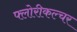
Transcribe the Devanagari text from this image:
फ्लोरीकल्चर